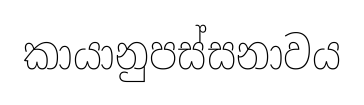
කායානුපස්සනාවය